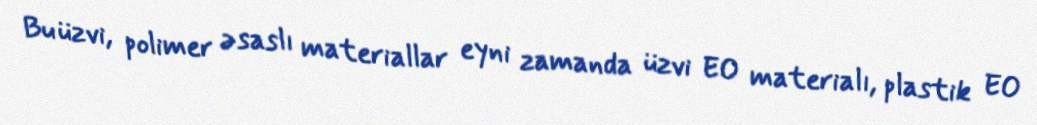
Bu üzvi, polimer əsaslı materiallar eyni zamanda üzvi EO materialı, plastik EO